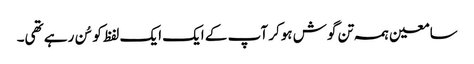
سامعین ہمہ تن گوش ہوکر آپ کے ایک ایک لفظ کو سُن رہے تھی۔